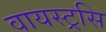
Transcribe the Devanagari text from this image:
वायस्ट्रसि